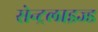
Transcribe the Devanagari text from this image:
सेन्ट्रलाइज्ड